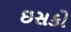
ઇસકો